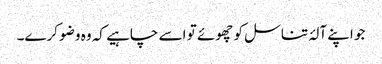
جو اپنے آلۂ تناسل کو چھوئے تو اسے چاہیے کہ وہ وضو کرے۔